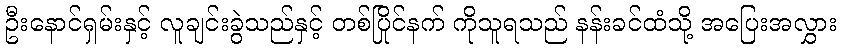
ဦးနောင်ရှမ်းနှင့် လူချင်းခွဲသည်နှင့် တစ်ပြိုင်နက် ကိုသူရသည် နန်းခင်ထံသို့ အပြေးအလွှား